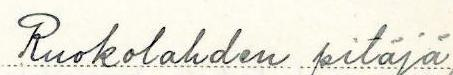
Ruokolahden pitäjä